Annual report of the Imperial Bacteriologist
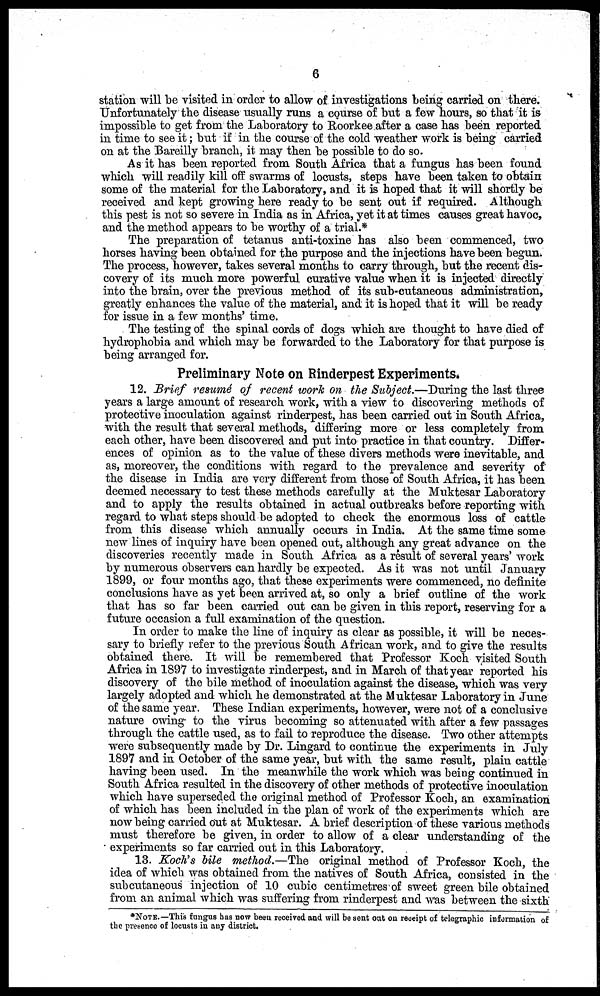
6
station will be visited in order to allow of investigations being carried on there.
Unfortunately the disease usually runs a course of but a few hours, so that it is
impossible to get from the Laboratory to Roorkee after a case has been reported
in time to see it; but if in the course of the cold weather work is being carried
on at the Bareilly branch, it may then be possible to do so.
As it has been reported from South Africa that a fungus has been found
which will readily kill off swarms of locusts, steps have been taken to obtain
some of the material for the Laboratory, and it is hoped that it will shortly be
received and kept growing here ready to be sent out if required. Although
this pest is not so severe in India as in Africa, yet it at times causes great havoc,
and the method appears to be worthy of a trial.*
The preparation of tetanus anti-toxine has also been commenced, two
horses having been obtained for the purpose and the injections have been begun.
The process, however, takes several months to carry through, but the recent dis-
covery of its much more powerful curative value when it is injected directly
into the brain, over the previous method of its sub-cutaneous administration,
greatly enhances the value of the material, and it is hoped that it will be ready
for issue in a few months' time.
The testing of the spinal cords of dogs which are thought to have died of
hydrophobia and which may be forwarded to the Laboratory for that purpose is
being arranged for.
Preliminary Note on Rinderpest Experiments.
12. Brief resumé of recent work on the Subject.—During the last three
years a large amount of research work, with a view to discovering methods of
protective inoculation against rinderpest, has been carried out in South Africa,
with the result that several methods, differing more or less completely from
each other, have been discovered and put into practice in that country. Differ-
ences of opinion as to the value of these divers methods were inevitable, and
as, moreover, the conditions with regard to the prevalence and severity of
the disease in India are very different from those of South Africa, it has been
deemed necessary to test these methods carefully at the Muktesar Laboratory
and to apply the results obtained in actual outbreaks before reporting with
regard to what steps should be adopted to check the enormous loss of cattle
from this disease which annually occurs in India. At the same time some
new lines of inquiry have been opened out, although any great advance on the
discoveries recently made in South Africa as a result of several years' work
by numerous observers can hardly be expected. As it was not until January
1899, or four months ago, that these experiments were commenced, no definite
conclusions have as yet been arrived at, so only a brief outline of the work
that has so far been carried out can be given in this report, reserving for a
future occasion a full examination of the question.
In order to make the line of inquiry as clear as possible, it will be neces-
sary to briefly refer to the previous South African work, and to give the results
obtained there. It will be remembered that Professor Koch visited South
Africa in 1897 to investigate rinderpest, and in March of that year reported his
discovery of the bile method of inoculation against the disease, which was very
largely adopted and which he demonstrated at the Muktesar Laboratory in June
of the same year. These Indian experiments, however, were not of a conclusive
nature owing to the virus becoming so attenuated with after a few passages
through the cattle used, as to fail to reproduce the disease. Two other attempts
were subsequently made by Dr. Lingard to continue the experiments in July
1897 and in October of the same year, but with the same result, plain cattle
having been used. In the meanwhile the work which was being continued in
South Africa resulted in the discovery of other methods of protective inoculation
which have superseded the original method of Professor Koch, an examination
of which has been included in the plan of work of the experiments which are
now being carried out at Muktesar. A brief description of these various methods
must therefore be given, in order to allow of a clear understanding of the
experiments so far carried out in this Laboratory.
13. Koch's bile method.—The original method of Professor Koch, the
idea of which was obtained from the natives of South Africa, consisted in the
subcutaneous injection of 10 cubic centimetres of sweet green bile obtained
from an animal which was suffering from rinderpest and was between the sixth
*NOTE.— This fungus has now been received and will be sent out on receipt of telegraphic information of
the presence of locusts in any district.